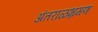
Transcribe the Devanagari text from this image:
अंतराळभ्रमण